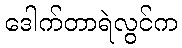
ဒေါက်တာရဲလွင်က